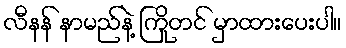
လီနန် နာမည်နဲ့ ကြိုတင် မှာထားပေးပါ။